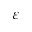
\varepsilon